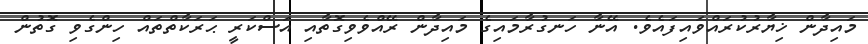
މައިދާން ޚިޔާރުކުރައްވައިފައެވެ. އޭނާ ހަނގުރާމައިގެ މައިދާން ރޭއްވެވިގޮތާއި އަސްކަރީ ޙަރަކާތްތައް ހިންގެވި ގޮތުން